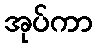
အုပ်ကာ